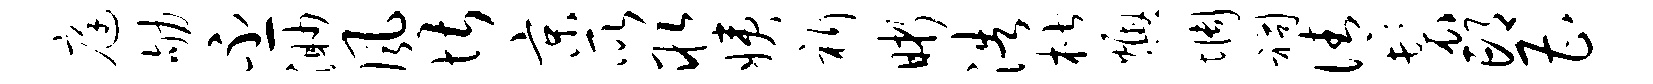
庭劬丕渺风堪京所取姨祈晰浩楷燠惆祠倩鬟邙曹